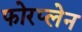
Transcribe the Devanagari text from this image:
फोरप्लेन